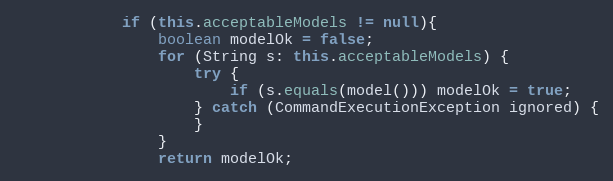
Language: Java
            if (this.acceptableModels != null){
                boolean modelOk = false;
                for (String s: this.acceptableModels) {
                    try {
                        if (s.equals(model())) modelOk = true;
                    } catch (CommandExecutionException ignored) {
                    }
                }
                return modelOk;